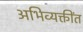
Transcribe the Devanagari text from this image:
अभिव्यक्तींत